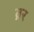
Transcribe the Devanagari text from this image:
ब्रर